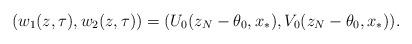
LaTeX: \begin{align*}(w_1(z,\tau),w_2(z,\tau))=(U_0(z_N-\theta_0,x_*),V_0(z_N-\theta_0,x_*)).\end{align*}